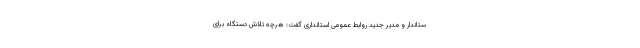
ستاندار و مدیر جدید روابط عمومی استانداری گفت: هرچه تلاش دستگاه برای